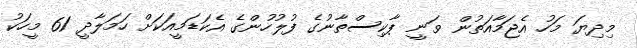
މިދިޔަ މަހު އެޖަމާއަތުން ވަނީ ޕާކިސްތާނުގެ ފުލުހުންގެ އެކަޑަމީއަކަށް ހަމަލާދީ 61 މީހަކު